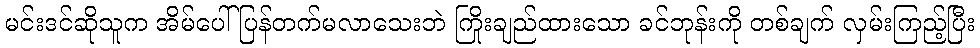
မင်းဒင်ဆိုသူက အိမ်ပေါ် ပြန်တက်မလာသေးဘဲ ကြိုးချည်ထားသော ခင်ဘုန်းကို တစ်ချက် လှမ်းကြည့်ပြီး